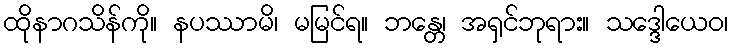
ထိုနာဂသိန်ကို။ နပဿာမိ၊ မမြင်ရ။ ဘန္တေ၊ အရှင်ဘုရား။ သဒ္ဒေါယေဝ၊